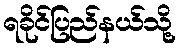
ရခိုင်ပြည်နယ်သို့